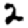
Digit: 2